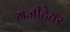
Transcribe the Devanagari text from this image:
गजीटेयर